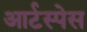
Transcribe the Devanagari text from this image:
आर्टस्पेस